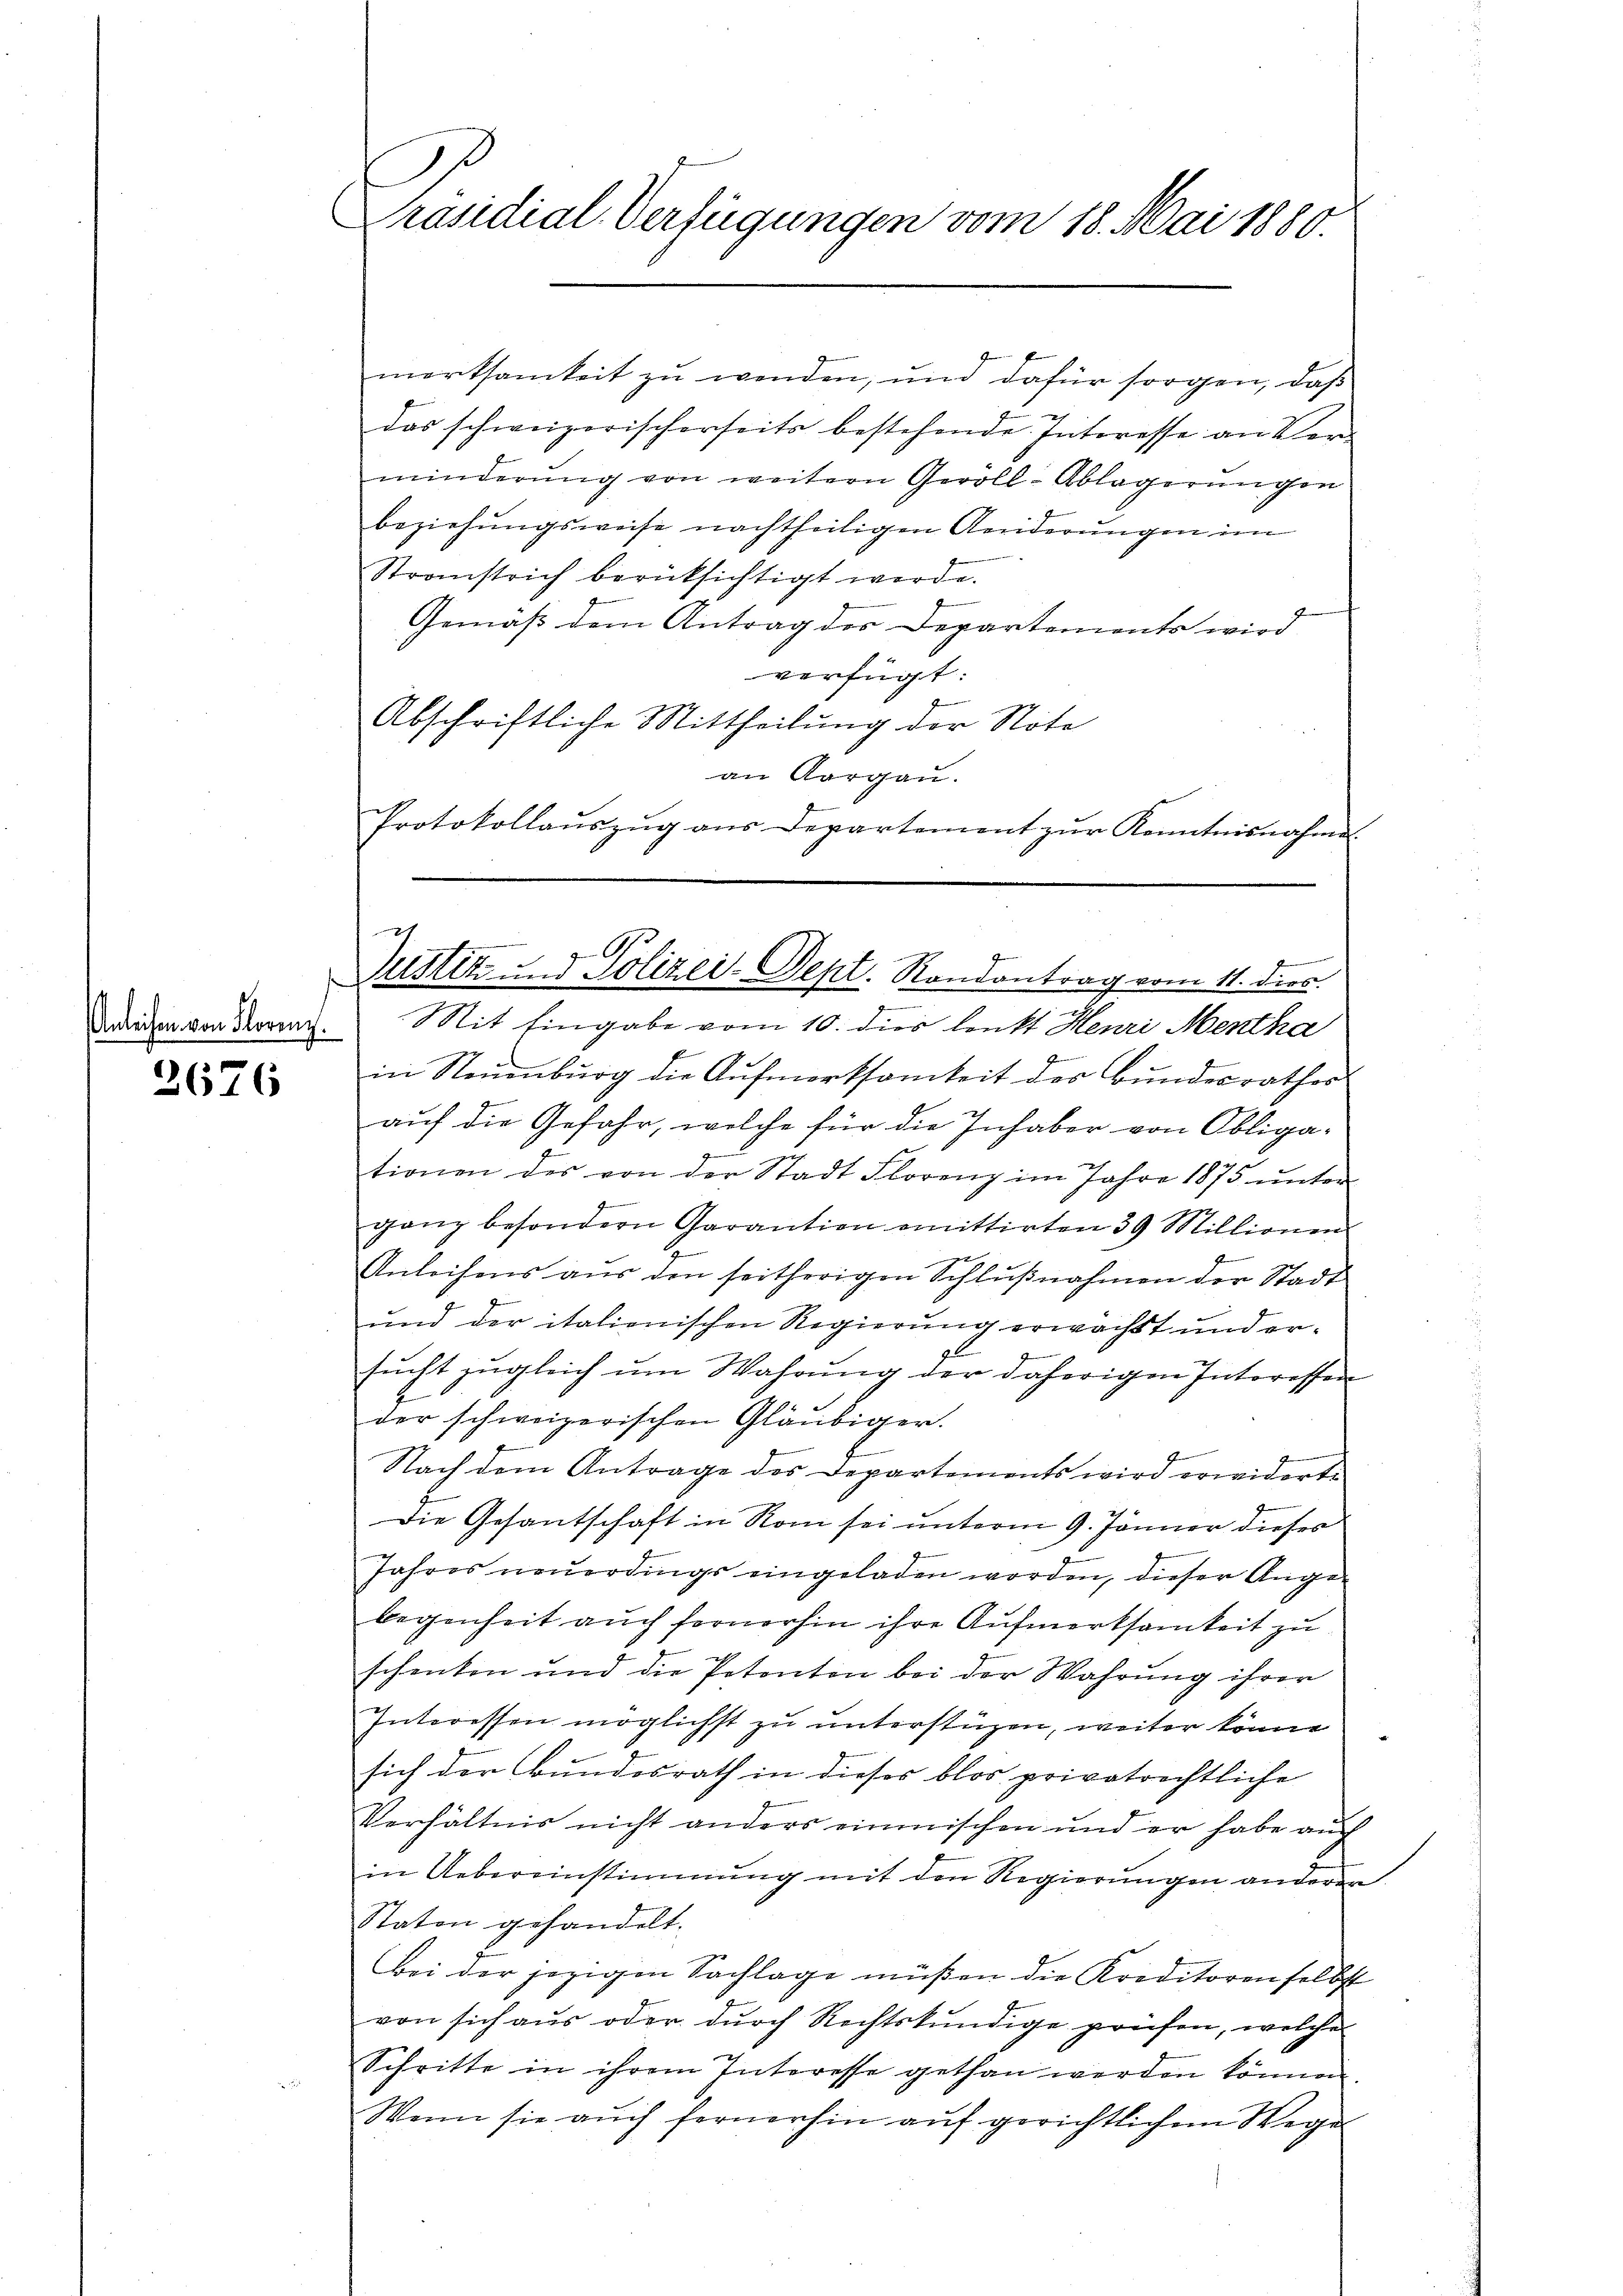
te

2676

Präsidial-Verfügungen vom 18. Mai 1880.

over Kranz. Mit Eingabe vom 10. dies lenkt Henri Mentha
in Neuenburg die Aufmerksamkeit der Bundesrathes
auf die Gefahr, welche für die Inhaber von Obligationen des von der Stadt Florenz im Jahre 1875 unter
ganz besondern Garantion mittirten 39 Millionen
Anleihens aus den seitherigen Schlŭβnahmen der Stadt
und der italionischen Regierung erwächst und erg
sŭcht zŭgleich ŭm Wahrŭng der daherigen Interessen
der schweizerischen Gläubiger.
Nach dem Antrage des Departements wird erwiderte
Die Gesantschaft in Rom sei unterm 9. Jänner dieses
Jahres neuerdings eingeladen worden, dieser Angebegenheit auch fernerhin ihre Aufmerksamkeit zu
schenken und die Petenten bei der Wahrung ihrer
Interessen möglichst zu unterstüzen, weiter könne
sich der Bundesrath in dieses blos privatrechtliche
Verhältnis nicht anders einmischen und er habe auch
in Uebereinstimmung mit den Regierungen anderer
Staton gehandelt.
Bei der jezigen Sachlage müßen die Kreditoren selbst
von sich aus oder durch Rechtskundige prüfen, welche
Schritte in ihrem Interesse gethan werden können.
Wenn sie auch fernerhin auf gerichtlichem Wege

das schweizerischerseits bestehende Interesse an Ver-
minderung von weitern Geröll-Ablagerungen
beziehungsweise nachtheiligen Anderungen im
Stranstrich berücksichtigt werde.
Gemäß dem Antrag des Departements wird
verfügt:
Abschriftliche Mittheilung der Note
an Aargau.
Protokollauszug aus Departement zur Kenntnisnahme

merksamkeit zu werden; und dafür sorgen, daß

Justiz- & Polizei-Sept. Randantrag vom 11. dies